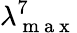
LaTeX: \lambda_{\mathrm{~m~a~x~}}^{7}